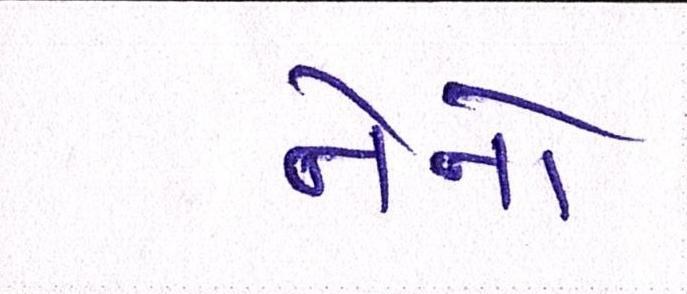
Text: નેનો